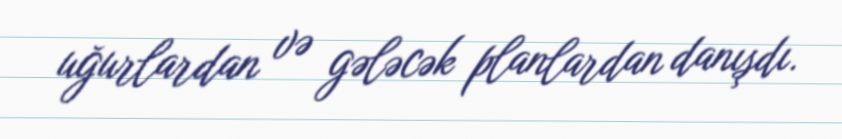
uğurlardan və gələcək planlardan danışdı.